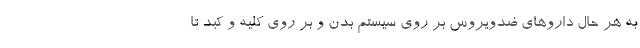
به هر حال داروهای ضدویروس بر روی سیستم بدن و بر روی کلیه و کبد تا